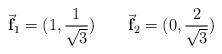
LaTeX: \begin{align*}\vec{\hbox{\bf f}}_1 = (1,{1\over{\sqrt{3}}}) \qquad\vec{\hbox{\bf f}}_2 = (0,{2\over{\sqrt{3}}})\end{align*}